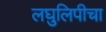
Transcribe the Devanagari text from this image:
लघुलिपीचा